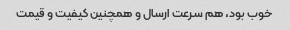
خوب بود، هم سرعت ارسال و همچنین کیفیت و قیمت